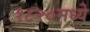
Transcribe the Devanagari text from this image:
१८२०मध्ये